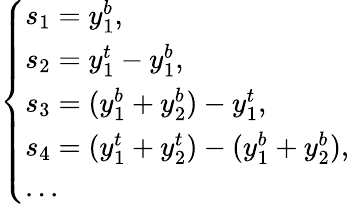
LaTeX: \left\{ \begin{array}{ll}{s_{1}=y_{1}^{b},}\\ {s_{2}=y_{1}^{t}-y_{1}^{b},}\\ {s_{3}=(y_{1}^{b}+y_{2}^{b})-y_{1}^{t},}\\ {s_{4}=(y_{1}^{t}+y_{2}^{t})-(y_{1}^{b}+y_{2}^{b}),}\\ {...}\end{array}\right.